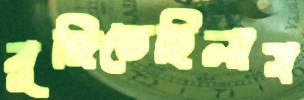
বুজিতেছিলাম